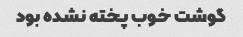
گوشت خوب پخته نشده بود